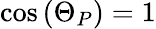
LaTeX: \cos{(\Theta_{P})}=1